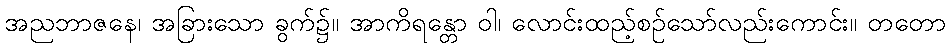
အညဘာဇနေ၊ အခြားသော ခွက်၌။ အာကိရန္တော ဝါ၊ လောင်းထည့်စဉ်သော်လည်းကောင်း။ တတော